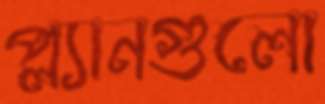
প্ল্যানগুলো